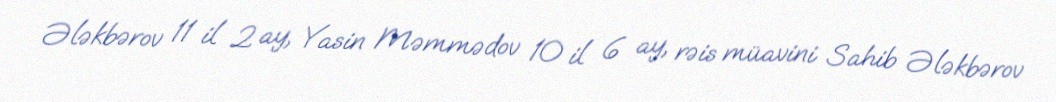
Ələkbərov 11 il 2 ay, Yasin Məmmədov 10 il 6 ay, rəis müavini Sahib Ələkbərov